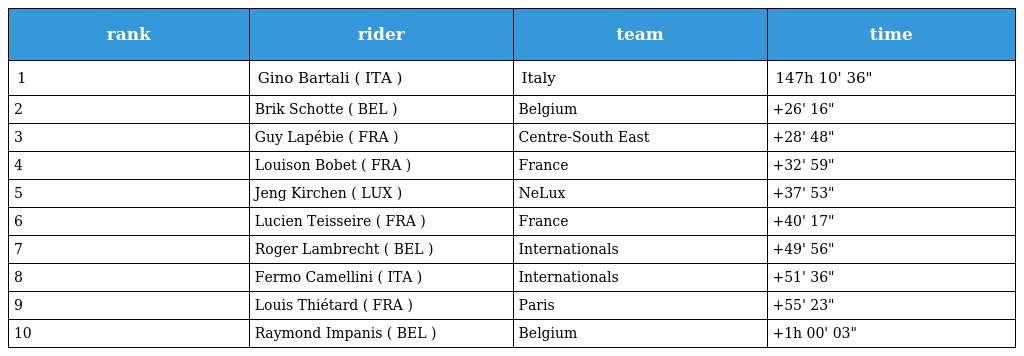
| rank | rider | team | time |
 | --- | --- | --- | --- |
 | 1 | Gino Bartali ( ITA ) | Italy | 147h 10' 36" |
 | 2 | Brik Schotte ( BEL ) | Belgium | +26' 16" |
 | 3 | Guy Lapébie ( FRA ) | Centre-South East | +28' 48" |
 | 4 | Louison Bobet ( FRA ) | France | +32' 59" |
 | 5 | Jeng Kirchen ( LUX ) | NeLux | +37' 53" |
 | 6 | Lucien Teisseire ( FRA ) | France | +40' 17" |
 | 7 | Roger Lambrecht ( BEL ) | Internationals | +49' 56" |
 | 8 | Fermo Camellini ( ITA ) | Internationals | +51' 36" |
 | 9 | Louis Thiétard ( FRA ) | Paris | +55' 23" |
 | 10 | Raymond Impanis ( BEL ) | Belgium | +1h 00' 03" |